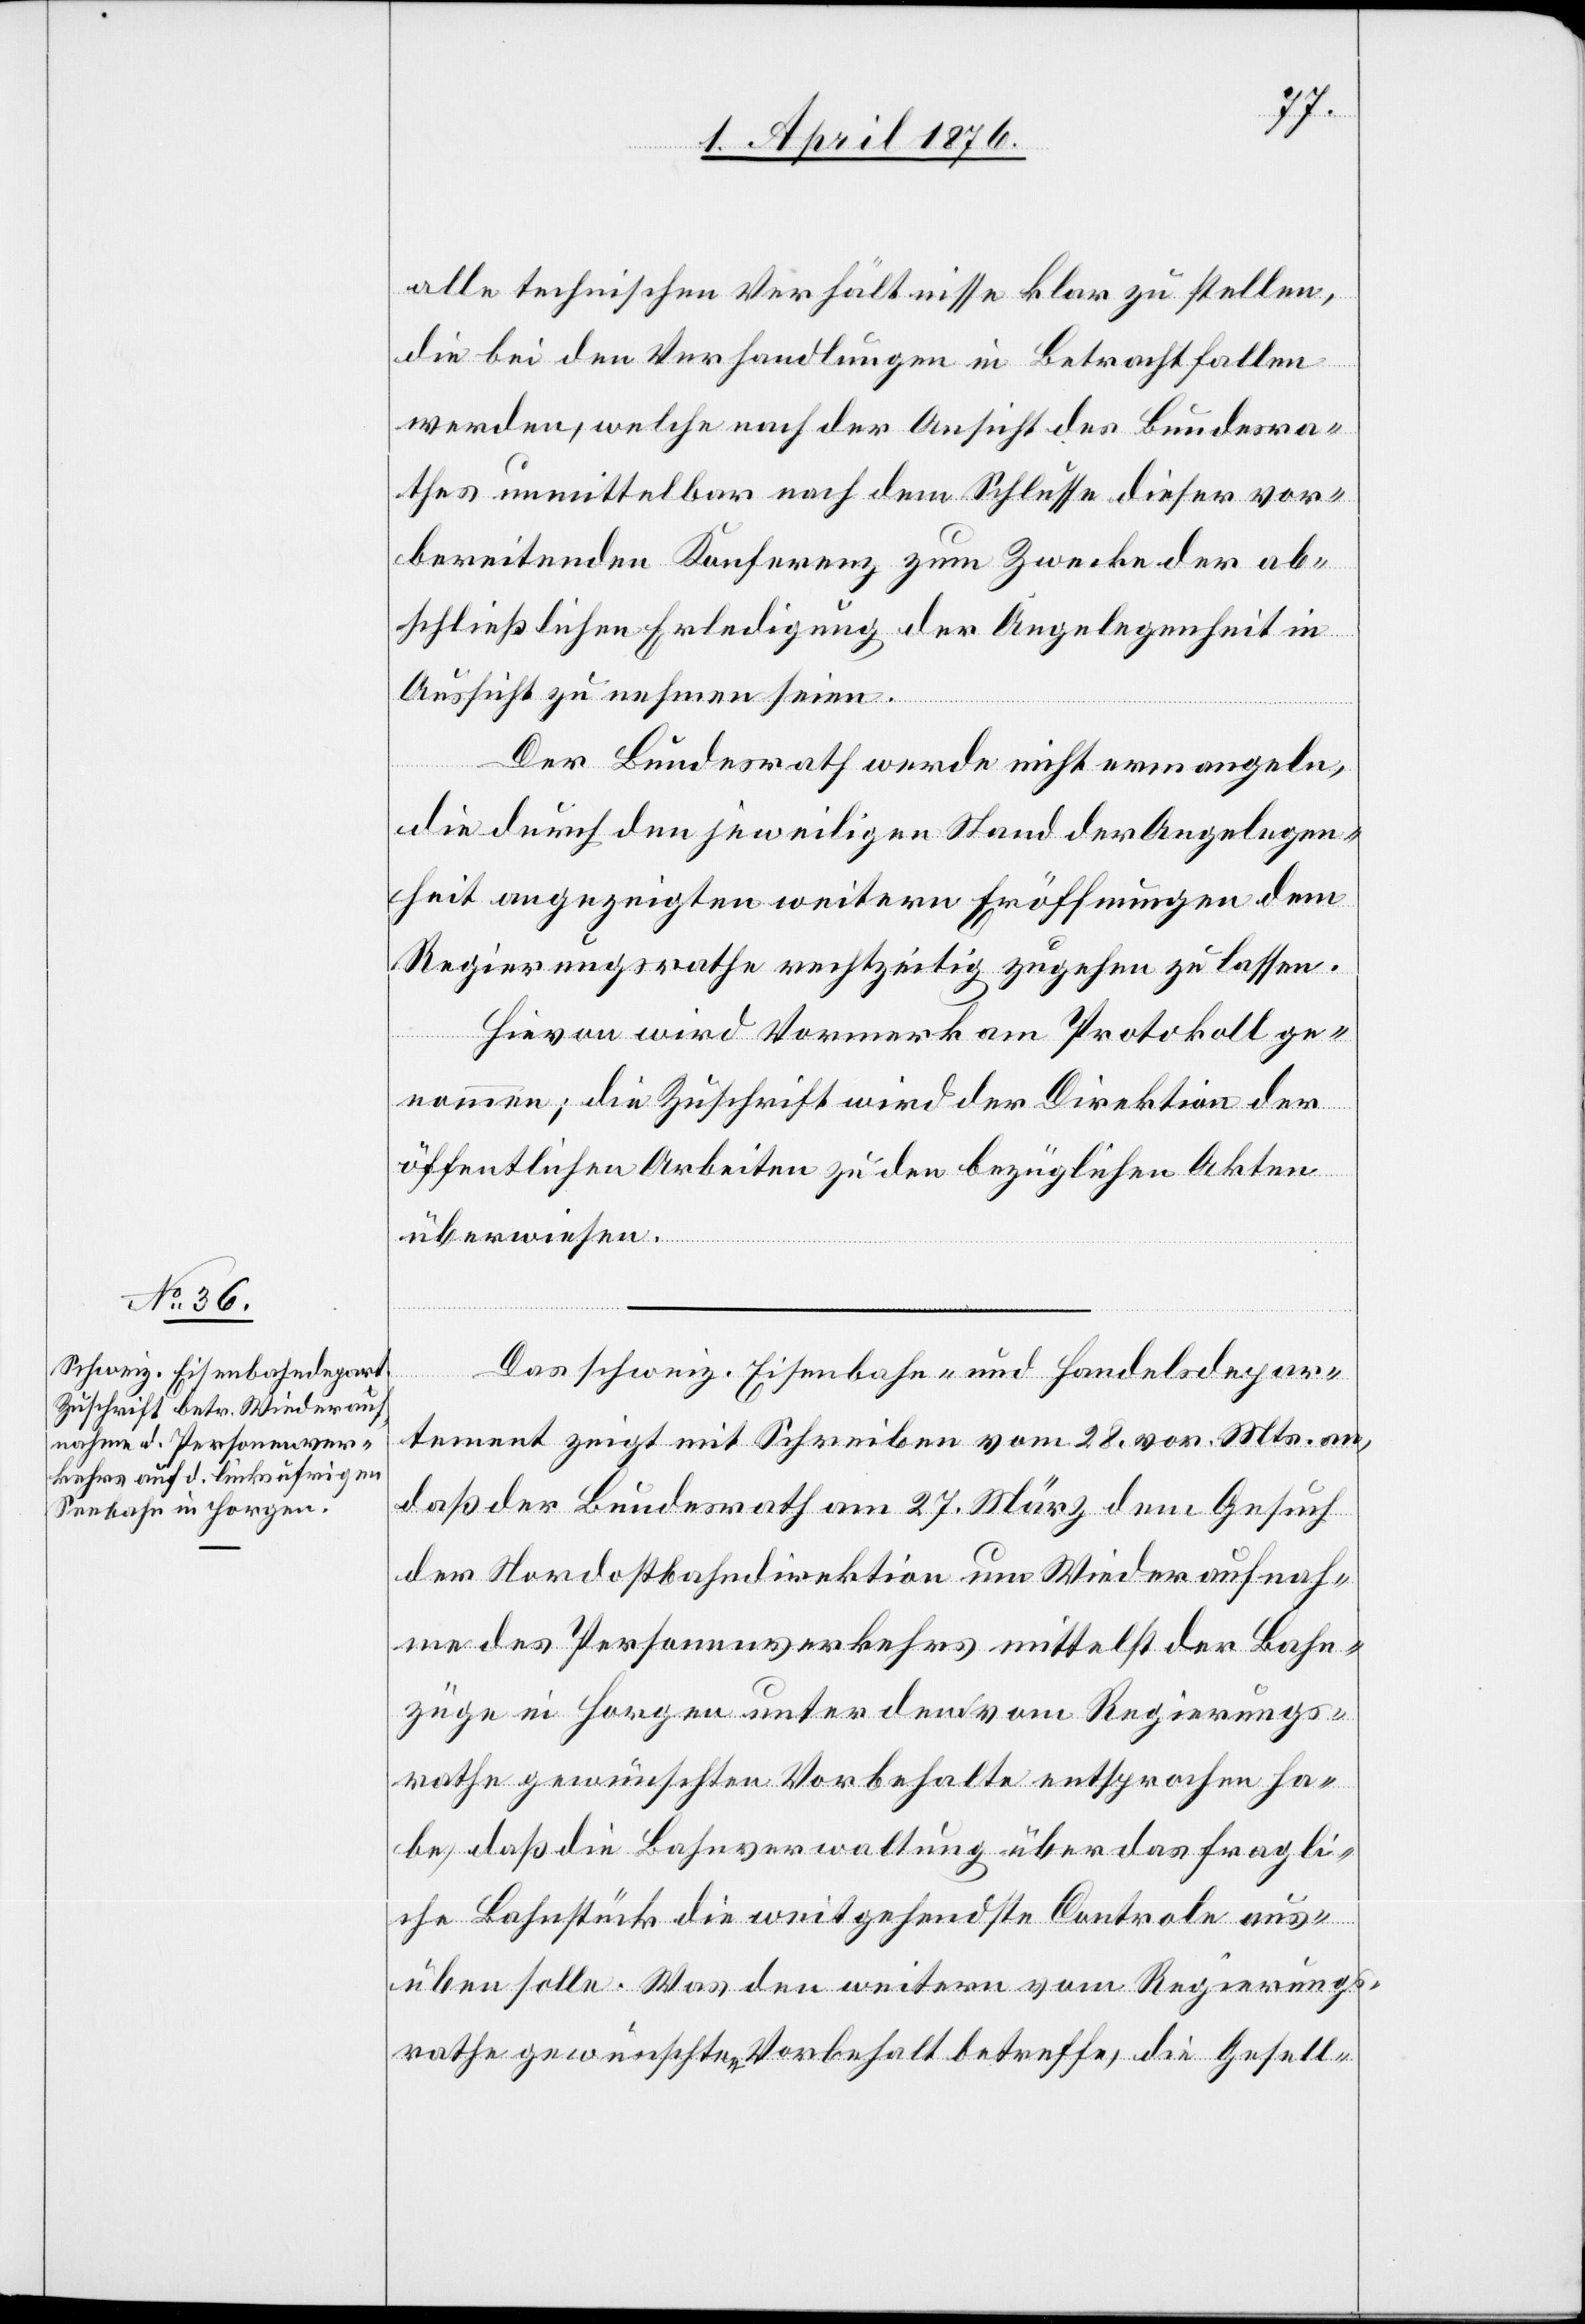
alle technischen Verhältnisse klar zu stellen,
die bei den Verhandlungen in Betracht fallen
werden, welche nach der Ansicht des Bundesra¬
thes unmittelbar nach dem Schlusse dieser vor¬
bereitenden Konferenz zum Zwecke der ab¬
schließlichen Erledigung der Angelegenheit in
Aussicht zu nehmen seien.
Der Bundesrath werde nicht ermangeln,
die durch den jeweiligen Stadt der Angelegen¬
heit angezeigten weitern Eröffnungen dem
Regierungsrathe rechtzeitig zugehen zu lassen.
Hievon wird Vormerk am Protokoll ge¬
halten; die Zuschrift wird der Direktion der
öffentlichen Arbeiten zu den bezüglichen Akten
überwiesen.
Das schweiz. Eisenbahn- und Handelsdepar¬
tement zeigt mit Schreiben vom 28. vor. Mts. an,
daß der Bundesrath am 27. März dem Gesuch
der Nordostbahndirektion um Wiederaufnah¬
me des Personenverkehrs mittelst der Bahn¬
züge in Horgen unter dem vom Regierungs¬
rathe gewünschten Vorbehalte entsprochen ha¬
be, daß die Bahnverwaltung über das fragli¬
che Bahnstück die weitgehendste Controle aus¬
üben solle. Was den weitern vom Regierungs¬
rathe gewünschten Vorbehalt betreffe, die Gesell-